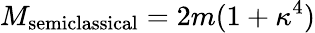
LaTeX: M_{\mathrm{semiclassical}}=2m(1+\kappa^{4})